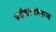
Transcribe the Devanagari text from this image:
समीकरणांवरून